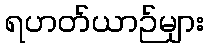
ရဟတ်ယာဉ်များ